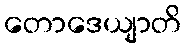
တောဒေယျာတိ